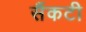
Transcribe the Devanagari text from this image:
सैंकटी